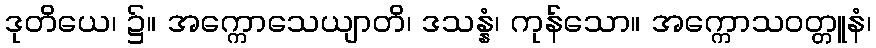
ဒုတိယေ၊ ၌။ အက္ကောသေယျာတိ၊ ဒသန္နံ၊ ကုန်သော။ အက္ကောသဝတ္တူနံ၊